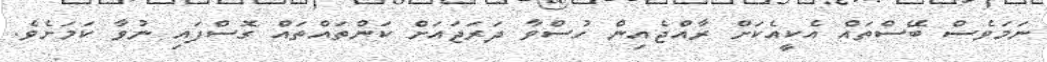
ނަމަވެސް ބޭސްތައް އެކީއެކަށް ރާއްޖެއިން ހުސްވާ ދަރަޖައަށް ކަންތައްތައް ގޮސްފައި ނުވާ ކަމަށެވެ.